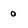
Character: o